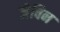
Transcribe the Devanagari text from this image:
जेविन